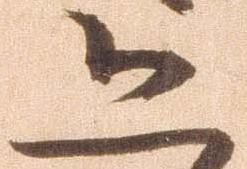
恐